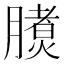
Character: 𣎧